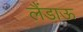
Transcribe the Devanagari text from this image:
लैंडाऊ